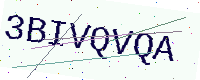
Text: 3BIVQVQA